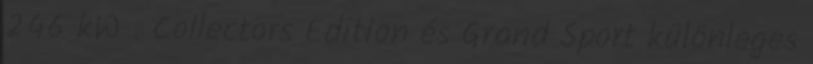
246 kW . Collectors Edition és Grand Sport különleges